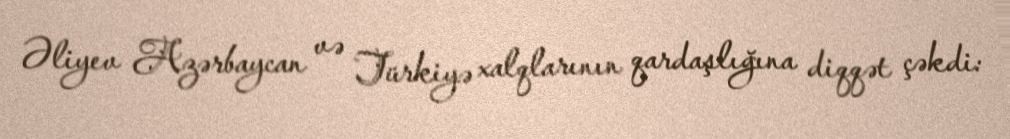
Əliyev Azərbaycan və Türkiyə xalqlarının qardaşlığına diqqət çəkdi: